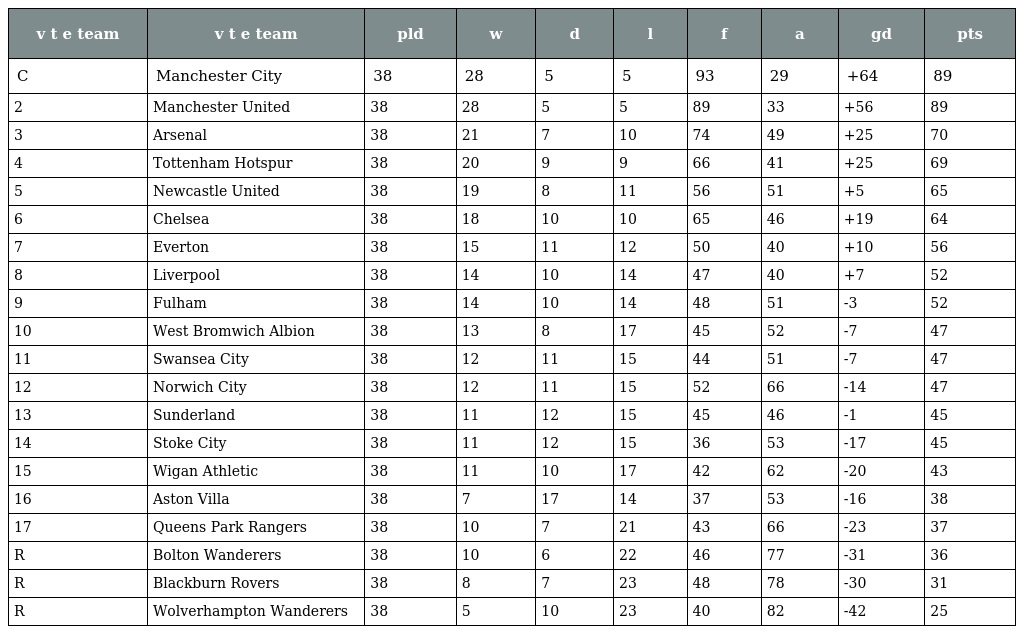
| v t e team | v t e team | pld | w | d | l | f | a | gd | pts |
 | --- | --- | --- | --- | --- | --- | --- | --- | --- | --- |
 | C | Manchester City | 38 | 28 | 5 | 5 | 93 | 29 | +64 | 89 |
 | 2 | Manchester United | 38 | 28 | 5 | 5 | 89 | 33 | +56 | 89 |
 | 3 | Arsenal | 38 | 21 | 7 | 10 | 74 | 49 | +25 | 70 |
 | 4 | Tottenham Hotspur | 38 | 20 | 9 | 9 | 66 | 41 | +25 | 69 |
 | 5 | Newcastle United | 38 | 19 | 8 | 11 | 56 | 51 | +5 | 65 |
 | 6 | Chelsea | 38 | 18 | 10 | 10 | 65 | 46 | +19 | 64 |
 | 7 | Everton | 38 | 15 | 11 | 12 | 50 | 40 | +10 | 56 |
 | 8 | Liverpool | 38 | 14 | 10 | 14 | 47 | 40 | +7 | 52 |
 | 9 | Fulham | 38 | 14 | 10 | 14 | 48 | 51 | -3 | 52 |
 | 10 | West Bromwich Albion | 38 | 13 | 8 | 17 | 45 | 52 | -7 | 47 |
 | 11 | Swansea City | 38 | 12 | 11 | 15 | 44 | 51 | -7 | 47 |
 | 12 | Norwich City | 38 | 12 | 11 | 15 | 52 | 66 | -14 | 47 |
 | 13 | Sunderland | 38 | 11 | 12 | 15 | 45 | 46 | -1 | 45 |
 | 14 | Stoke City | 38 | 11 | 12 | 15 | 36 | 53 | -17 | 45 |
 | 15 | Wigan Athletic | 38 | 11 | 10 | 17 | 42 | 62 | -20 | 43 |
 | 16 | Aston Villa | 38 | 7 | 17 | 14 | 37 | 53 | -16 | 38 |
 | 17 | Queens Park Rangers | 38 | 10 | 7 | 21 | 43 | 66 | -23 | 37 |
 | R | Bolton Wanderers | 38 | 10 | 6 | 22 | 46 | 77 | -31 | 36 |
 | R | Blackburn Rovers | 38 | 8 | 7 | 23 | 48 | 78 | -30 | 31 |
 | R | Wolverhampton Wanderers | 38 | 5 | 10 | 23 | 40 | 82 | -42 | 25 |